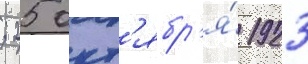
; 25 окт'ябр'я́ 1923